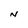
Character: N